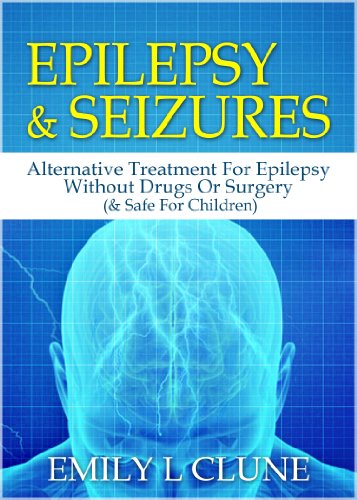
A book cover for Epilepsy And Seizures: Alternative Treatment For Epilepsy Without Drugs Or Surgery (& Safe For Children) (Epilepsy Kindle Books, Epilepsy Treatment Book 1); Emily L Clune; Health, Fitness & Dieting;